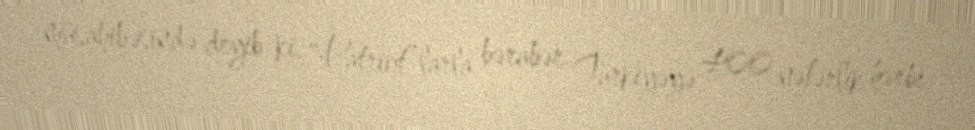
müsahibəsində deyib ki, “Patriot”larla bərabər Türkiyəyə 400 nəfərlik hərbi